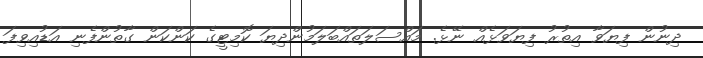
ދިނުން ފިޔަވާ އިތުރު ފިޔަވަޅެއް ނޭޅެ. މައްސަލަތައްބަލަމުންދިޔަ ކޮމިޓީގެ ކަންކަން ގާތުންފެނި އަޑުއިވިފަ